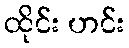
ထိုင်း ဟင်း